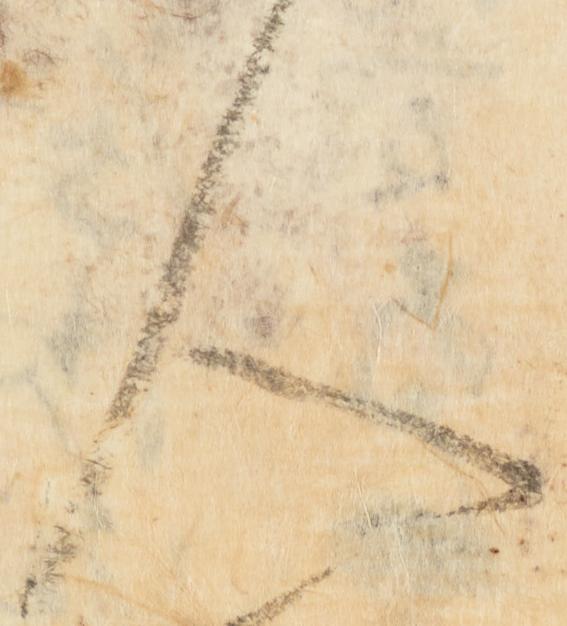
人